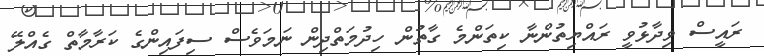
ރައީސް ވިދާޅުވީ ރައްޔިތުންނާ ކިތަންމެ ގާތުން ހިދުމަތްދިން ނަމަވެސް ސިފައިންގެ ކަރާމާތް ގެއްލޭ